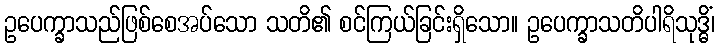
ဥပေက္ခာသည်ဖြစ်စေအပ်သော သတိ၏ စင်ကြယ်ခြင်းရှိသော။ ဥပေက္ခာသတိပါရိသုဒ္ဓိံ၊